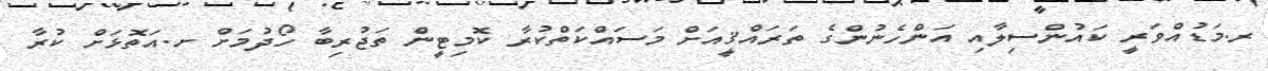
ރ.މަޑުއްވަރީ ކައުންސިލާއި އަންހެނުންގެ ތަރައްޤީއަށް މަސައްކަތްކުރާ ކޮމިޓީން ތަޖުރިބާ ހޯދުމަށް ށ.އަތޮޅަށް ކުރާ